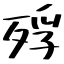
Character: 殍